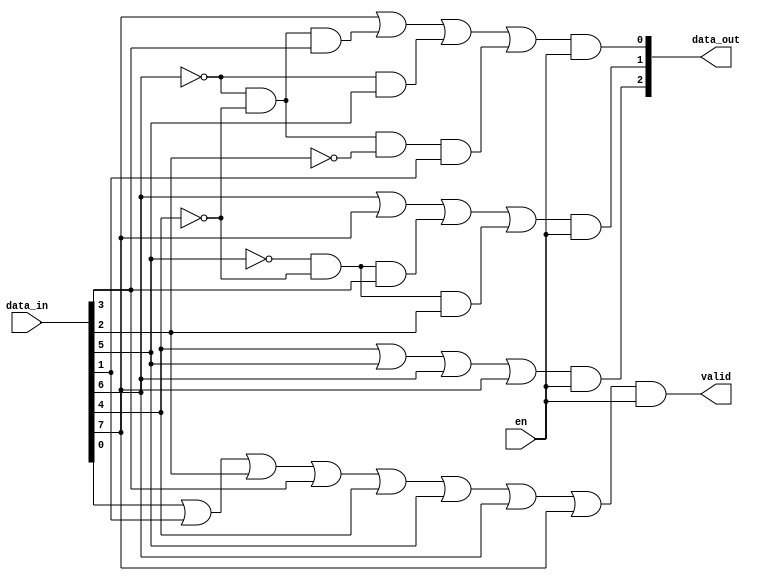
`timescale 1ns / 1ps
//////////////////////////////////////////////////////////////////////////////////
// Company: 
// Engineer: 
// 
// Design Name: 
// Module Name: top_PE_struct
// Project Name: 
// Target Devices: 
// Tool Versions: 
// Description: 
// 
// Dependencies: 
// 
// Revision:
// Revision 0.01 - File Created
// Additional Comments:
// 
//////////////////////////////////////////////////////////////////////////////////


module top_PE_struct(en, data_in, data_out, valid);

input en;
input [7:0] data_in;
output [2:0] data_out;
output valid;

wire [13:0] int_val;

not n1(int_val[0], data_in[7]);
not n2(int_val[1], data_in[6]);
not n3(int_val[2], data_in[5]);
not n4(int_val[3], data_in[4]);
not n5(int_val[4], data_in[2]);

and a1(int_val[5], int_val[1], int_val[3], data_in[3]);
and a2(int_val[6], int_val[2], int_val[3], data_in[3]);
and a3(int_val[7], int_val[2], int_val[3], data_in[2]);
and a4(int_val[8], int_val[1], data_in[5]);
and a5(int_val[9], int_val[1], int_val[3], int_val[4], data_in[1]);

or o1(int_val[10], data_in[4], data_in[5], data_in[6], data_in[7]);
or o2(int_val[11], data_in[6], data_in[7], int_val[6], int_val[7]);
or o3(int_val[12], data_in[7], int_val[5], int_val[8], int_val[9]);
or o4(int_val[13], data_in[0], data_in[1], data_in[2], data_in[3], data_in[4], data_in[5], data_in[6], data_in[7]);

and a6(data_out[2], int_val[10], en);
and a7(data_out[1], int_val[11], en);
and a8(data_out[0], int_val[12], en);
and a9(valid, int_val[13], en);

endmodule